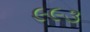
૯૯૩